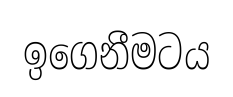
ඉගෙනීමටය